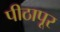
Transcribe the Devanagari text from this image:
पीठापूर